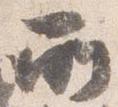
所